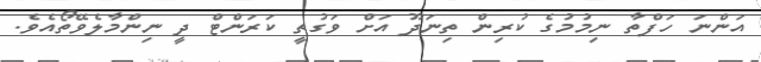
އަންނަ ހަފްތާ ނިމުމުގެ ކުރިން ތިނަދޫ އަށް ވަގުތީ ކަރަންޓް ދީ ނިންމާލެވޭތޯއެވެ.